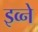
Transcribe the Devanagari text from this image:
इव्ने